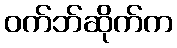
ဝက်ဘ်ဆိုက်က